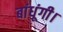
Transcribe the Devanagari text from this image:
बांधूंगी।